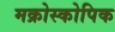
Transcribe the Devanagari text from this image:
मक्रोस्कोपिक